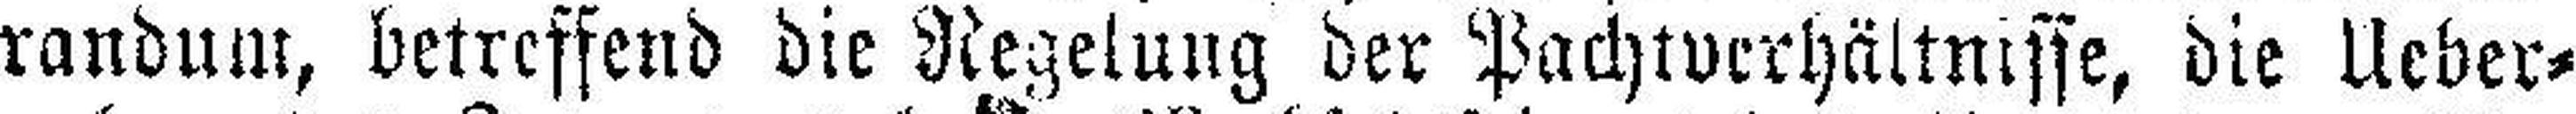
randum, betreffend die Regelung der Pachtverhältnisse, die Ueber¬